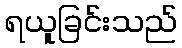
ရယူခြင်းသည်